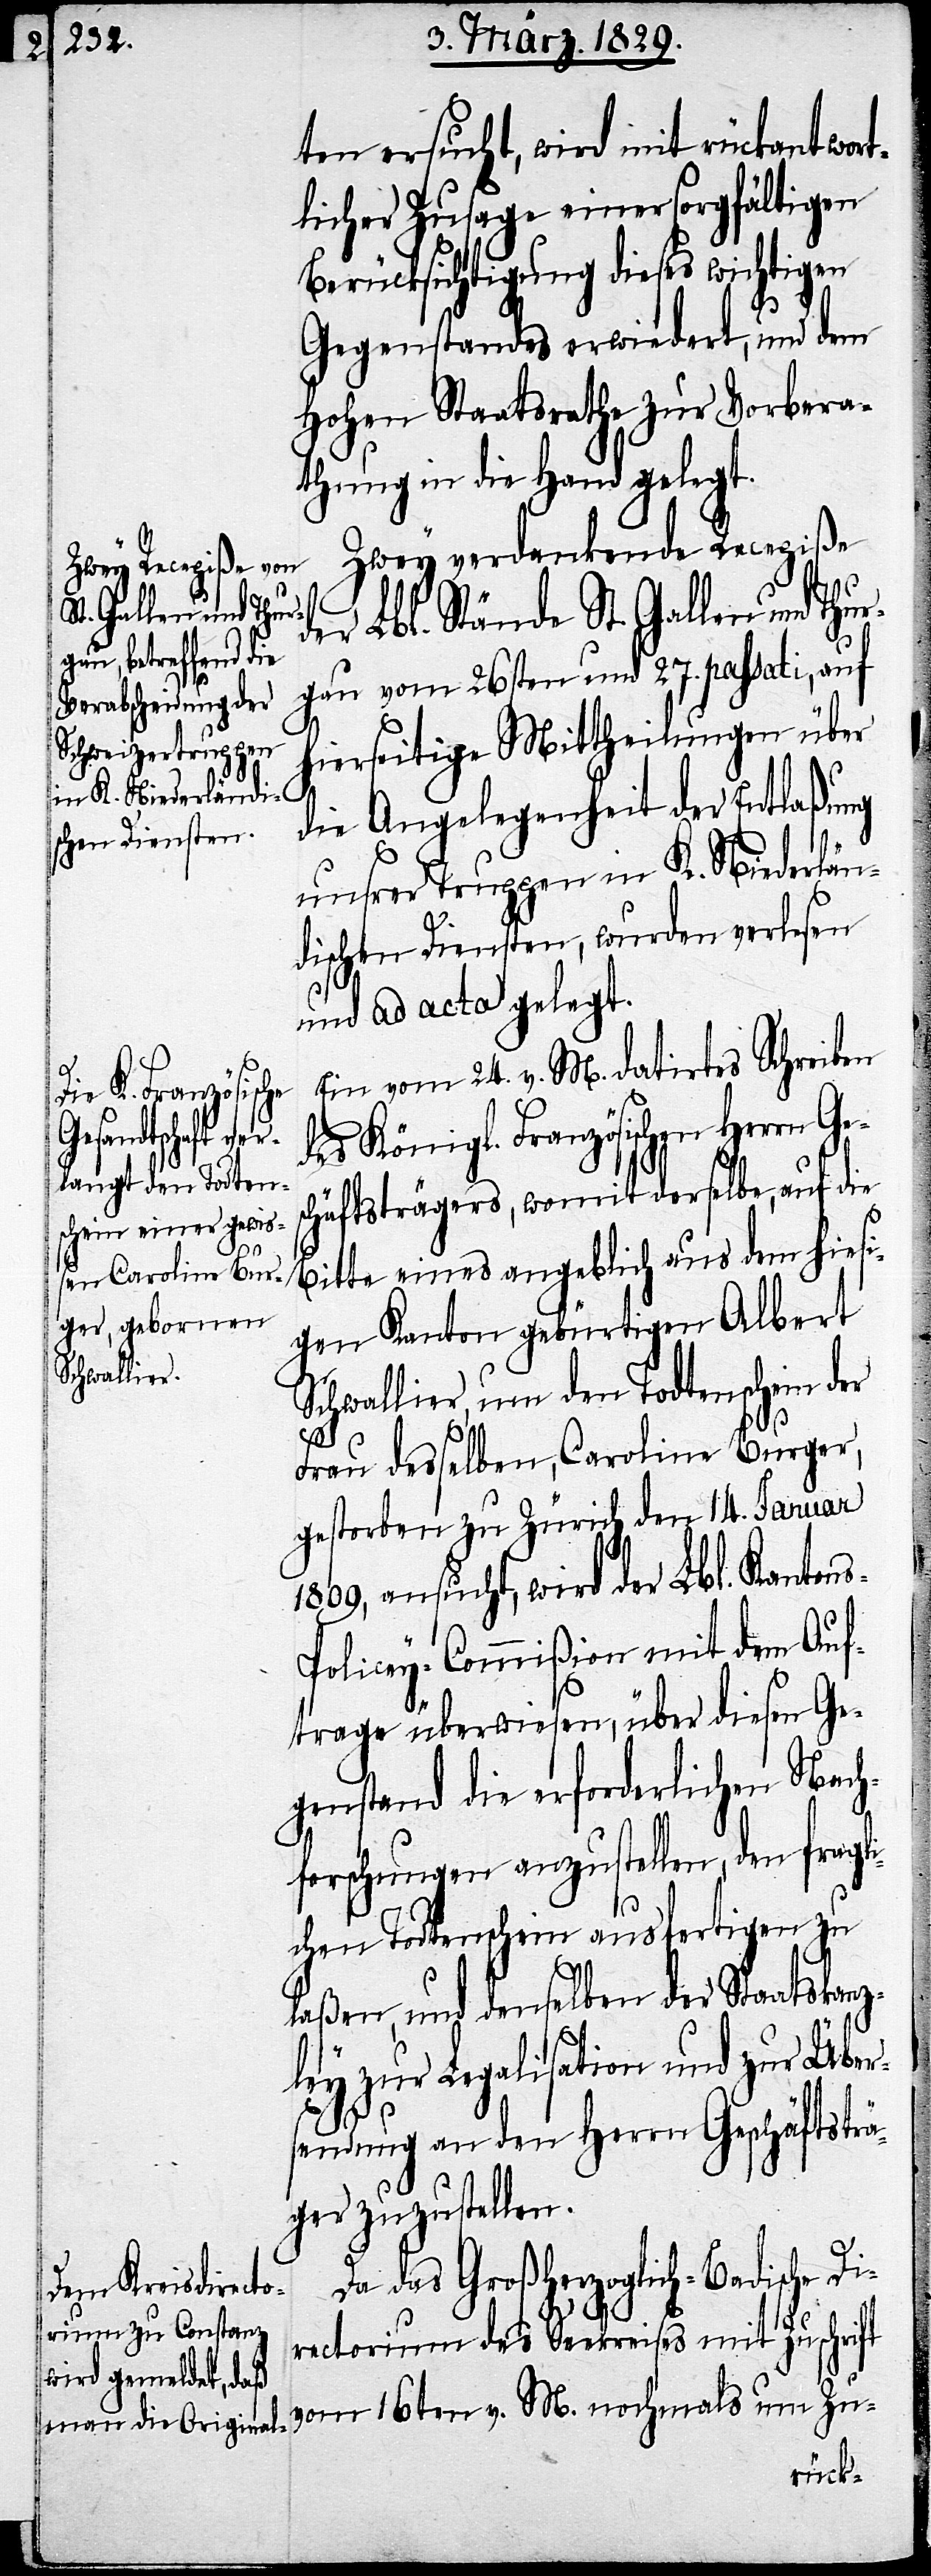
ten ersucht, wird mit rückantwor¬
tlicher Zusage einer sorgfältigen
Berücksichtigung dieses wichtigen
s-P¬
Gegenstandes erwiedert, und dem
Hohen Staatsrathe zur Vorbera¬
thung in die Hand gelegt.
Zwey verdankende Recepiße
er Lbl. Stände St. Gallen und Thu¬
rgau vom 26sten und 27. passati, auf
hierseitige Mittheilung über
die Angelegenheit der Entlaßung
unsrer Truppen in K. Niederlän¬
dischen Diensten, wurden verlesen
und ad acta gelegt.
Ein vom 24. v. M. datirtes Schreiben
des Königl. Französischen Herrn Ges¬
chäftsträgers, womit derselbe, auf die
Bitte eines angeblich aus dem hiesi¬
gen Kanton gebürtigen Albert
Schwallier, um den Todtenschein der
Frau desselben, Caroline Burger,
gestorben zu Zürich den 14. Januar
1809, ansucht, wird der Lbl. Kanton¬
olicey-Commißion mit dem Auf¬
trage überwiesen, über diesen Ge¬
genstand die erforderlichen Nach¬
forschungen anzustellen, den fragli¬
chen Todtenschein ausfertigen zu
laßen, und denselben der Staatskanz¬
ley zur Legalisation und zur Über¬
sendung an den Herrn Geschäftsträ¬
ger zuzustellen.
Da das Großherzoglich-Badische Di¬
rectorium des Seekreises mit Zuschrift
d¬
vom 16ten v. M. nochmals um Zu-